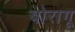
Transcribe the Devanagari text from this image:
बोरागू